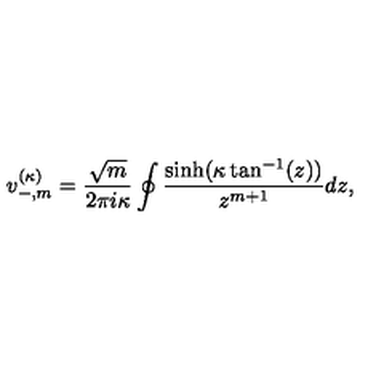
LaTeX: v _ { - , m } ^ { ( \kappa ) } = \frac { \sqrt { m } } { 2 \pi i \kappa } \oint \frac { \sinh ( \kappa \tan ^ { - 1 } ( z ) ) } { z ^ { m + 1 } } d z ,